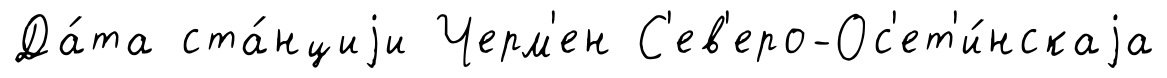
Да́та ста́нциjи Черм'ен С'ев'еро-Ос'ет'и́нскаjа